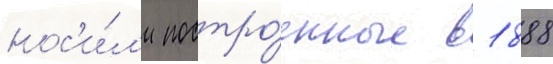
нос'и́л'и постро́енные в 1888